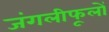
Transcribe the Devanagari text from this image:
जंगलीफूलों